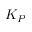
K _ { P }